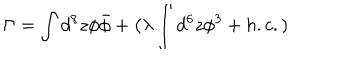
LaTeX: \Gamma = \int d ^ { 8 } z \phi \bar { \phi } + \big ( \lambda \int d ^ { 6 } z { \phi } ^ { 3 } + h . c . )